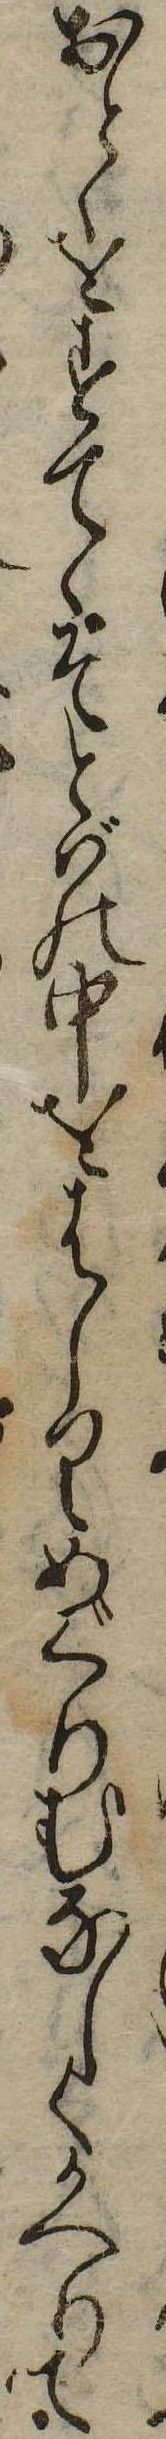
おとゝをすてゝそとばの中をはしりめぐりむなしくかへりて